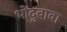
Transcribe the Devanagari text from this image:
भोंदुबाबा